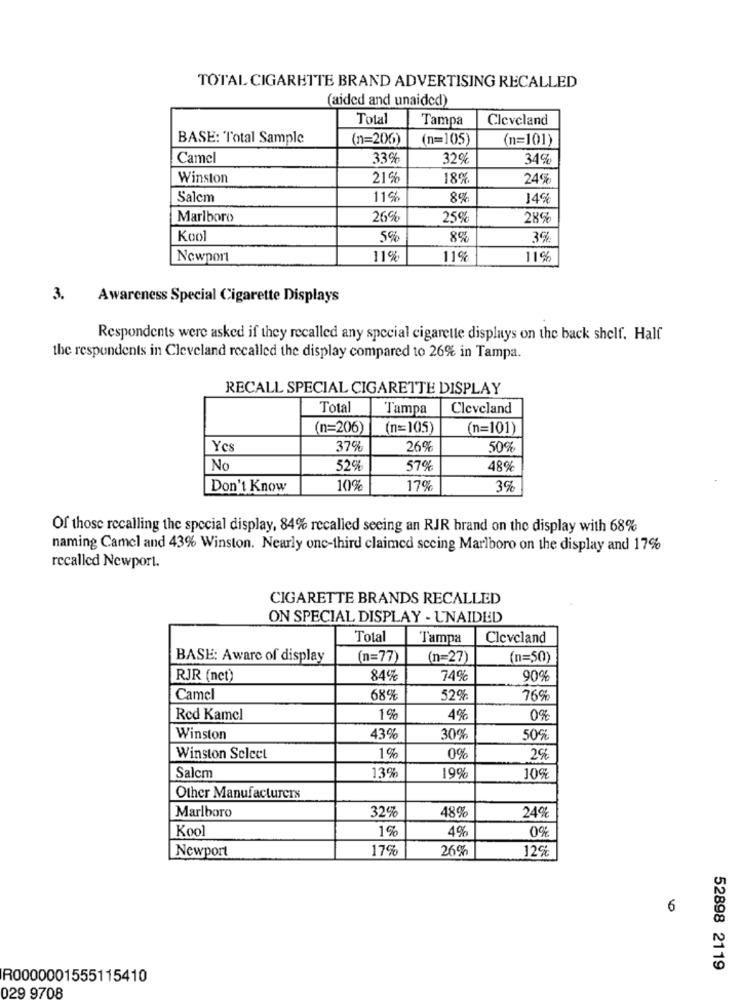
TOTAL CIGARETTE BRAND ADVERTISING RECALLED
(aided and unaided)
Total
Tampa
Cleveland
BASE: Total Sample
(n=206)
(n=105)
(n=101)
Camel
33%
32%
34%
Winston
21%
18%
24%
Salcm
11%
8%
14%
Marlboro
26%
25%
28%
Kool
5%
8%
39
Newport
11%
11%
11%
3.
Awareness Special Cigarette Displays
Respondents were asked if they recalled any special cigarette displays on the back shelf. Hall
the respondents in Cleveland recalled the display compared to 26% in Tampa.
RECALL SPECIAL CIGARETTE DISPLAY
Total
Tampa
Cleveland
(n=206)
(n=105)
(n=101)
Ye
37%
26%
50%
No
52%
57%
48%
Don't Know
10%
17%
3%
Of those recalling the special display, 84% recalled seeing an RJR hrand on the display with 68%
naming Camel and 43% Winston. Nearly one-third claimed seeing Marlboro on the display and 17%
recalled Newport.
CIGARETTE BRANDS RECALLED
ON SPECIAL DISPLAY - UNAIDED
Total
Tampa
Cleveland
BASE: Aware of display
(n=77)
(n=27)
(n=50)
RJR (nct)
84%
74%
90%
Camel
68%
52%
76%
Red Kamel
1%
4%
0%
Winston
43%
30%
50%
Winston Select
1%
0%
2%
Salcm
139
19%
109
Other Manufacturers
Marlboro
32%
48%
24%
Kool
1%
4%
09
Newport
17%
26%
12%
6
52898 2119
R0000001555115410
029 9708